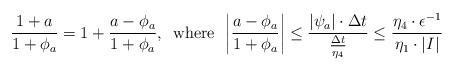
LaTeX: \begin{align*}\frac{1+a}{1+\phi_a}=1+\frac{a-\phi_a}{1+\phi_a},\,\,\,\mathrm{where}\,\,\, \left|\frac{a-\phi_a}{1+\phi_a}\right|\leq \frac{|\psi_a|\cdot\Delta t}{\frac{\Delta t}{\eta_4}}\leq\frac{\eta_4\cdot\epsilon^{-1}}{\eta_1\cdot |I|}\end{align*}